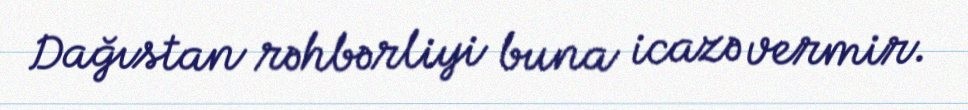
Dağıstan rəhbərliyi buna icazə vermir.